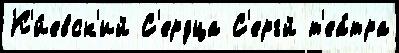
К'и́евск'ий С'ердца С'ергй т'еа́тра